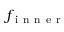
f _ { \mathrm { ~ i ~ n ~ n ~ e ~ r ~ } }